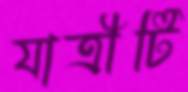
যাত্রীটি